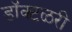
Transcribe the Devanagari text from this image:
डॉक्टळरी